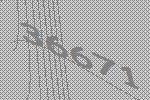
36671